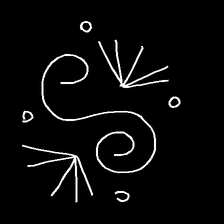
Glyph: aeroform